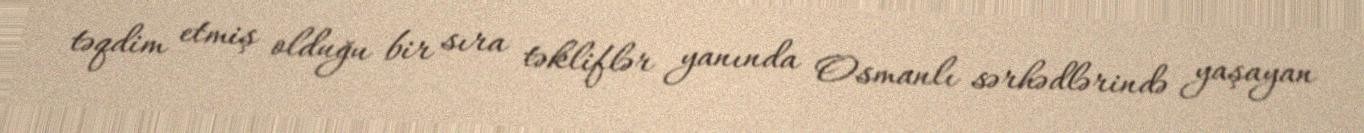
təqdim etmiş olduğu bir sıra təkliflər yanında Osmanlı sərhədlərində yaşayan